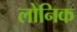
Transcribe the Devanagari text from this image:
लोनिक